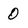
Character: 0